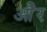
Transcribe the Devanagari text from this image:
ओेैर